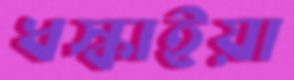
ধস্‌কাইয়া